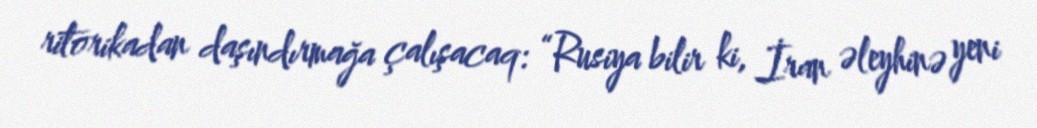
ritorikadan daşındırmağa çalışacaq: “Rusiya bilir ki, İran əleyhinə yeni